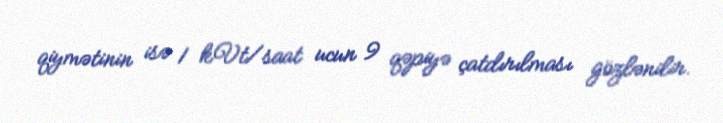
qiymətinin isə 1 kVt/saat ucun 9 qəpiyə çatdırılması gözlənilir.